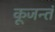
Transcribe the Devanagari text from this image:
कूजन्तं